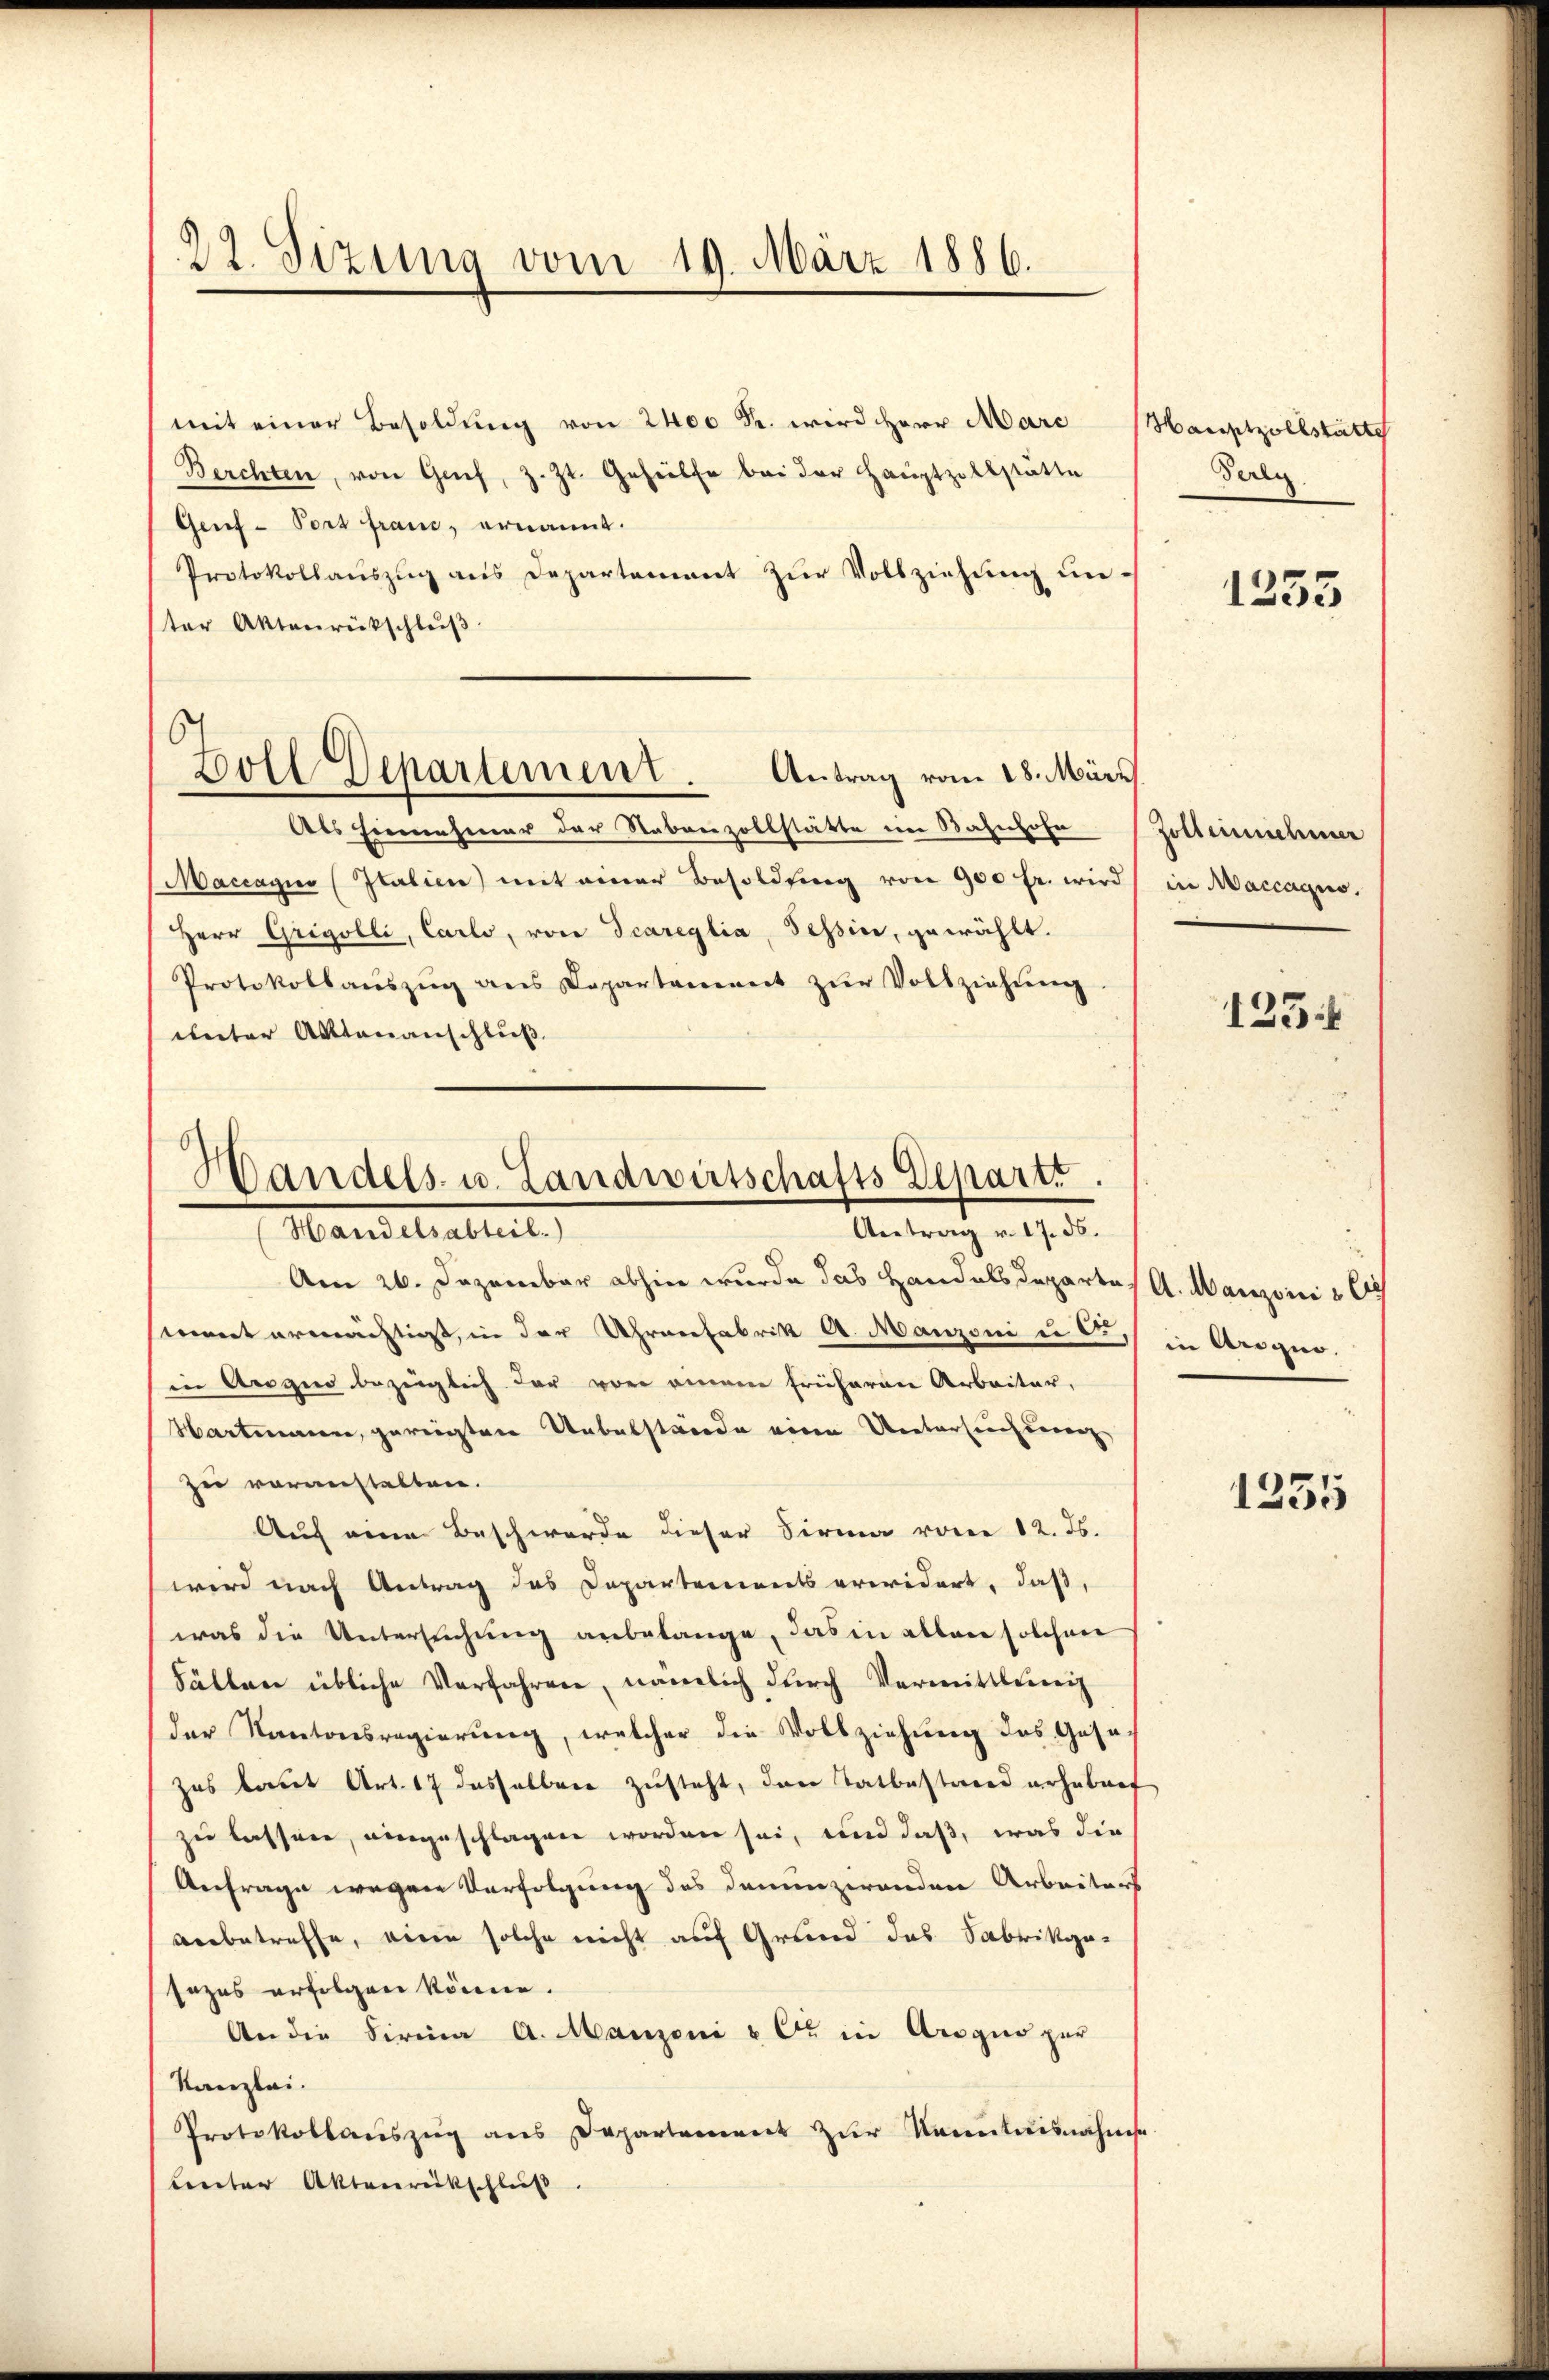
22. Sizung vom 19. März 1886.

Goll Departement. Antrag vom 28. März

mit einer Besoldung von 2400 Fr. wird Herr Marc
Berchten, von Genf, z. Zt. Gehülfe bei der Hauptzollstätte
Gerf-Port franc, ernannt.
Protokollauszug aus Departement zur Vollziehung unter Aktenrückschluß
Als Einnehmer der Sabenzollstätte im Bahnhofe
Maccagio (Italien) mit einer Besoldung von 900 fr. wird in Maccaquo,
Herr Gregolli, Carlo, von Scareglia, Tessin, gewählt.
Protokollaŭszŭg ans Departement zŭr Vollziehŭng.
unter Aktenanschluß

Handels- u. Landwirtschafts Departr.
Antrag v. 17. ds.
Manderatuit,

Am 26. Dezember abhin wurde das Handals Departes A. Manzoni u
iant ermächtigt, in der Uhrenfabrik A. Manzoni u O.,
in Argus bezüglich der von einem früheren Arbeiter,
Hartmann, gereigten Uebelstwerde einen Untersuchung
zu voranstalten.
Auf eine Beschwerde dieser Firma von 12. ds.
wird nach Antrag des Departements erwidert, daß,
was die Untersuchung anbelange, das in allen solchen
Fällen übliche Verfahren, nämlich dŭrch Vermittlei
der Kantonsregierung, welcher die Vollziehung des Geset
zus baut Art. 17 dasselben zusteht, den Tatbestier erhebenf
zu lassen, eingeschlagen worden sei, und daß, was die
Anfrage wegen Verfolgung des denunzirenden Arbeiters
verbetreffe, eine solche nicht auf Grund das Fabrikgesezes erfolgen könne.
An die Firina A. Manzoni u C in Aragio zur
Kanzlei.
Protokollaŭszŭg ans Departement zŭr Kenntnisnahme
Lnter Aktenrückschluß.

Hauptzollstätte
Teiln

1255

Zolleinehmer

125

in Arogio.

1235